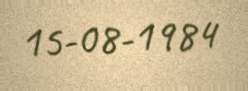
15-08-1984